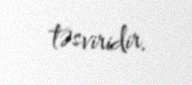
təsviridir.